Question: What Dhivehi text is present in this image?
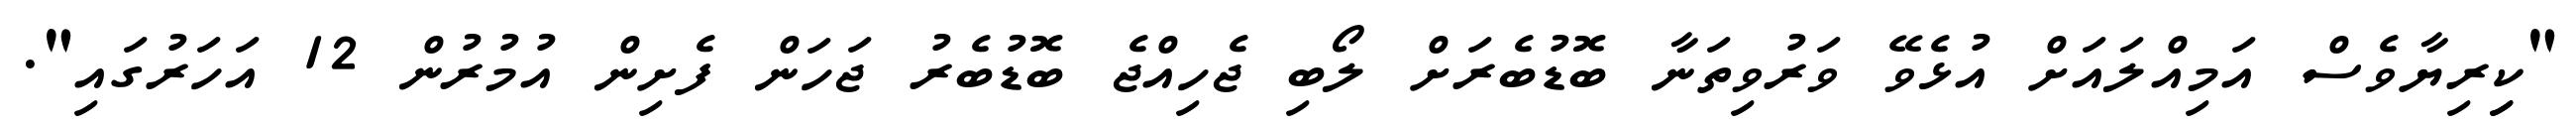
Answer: "ކިިރިޔާވެސް އަމިއްލައަށް އުޅެވޭ ވަރުވިތަނާ ބޮޑުބެރަށް ލޯބި ޖެހިއްޖެ ބޮޑުބެރު ޖަހަން ފެށިން އުމުރުން 12 އަހަރުގައި".